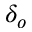
\delta _ { o }